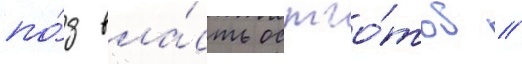
по́д вла́сть остго́тов //